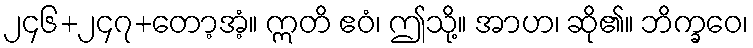
၂၄၆+၂၄၇+တော့အံ့။ ဣတိ ဧဝံ၊ ဤသို့။ အာဟ၊ ဆို၏။ ဘိက္ခဝေ၊